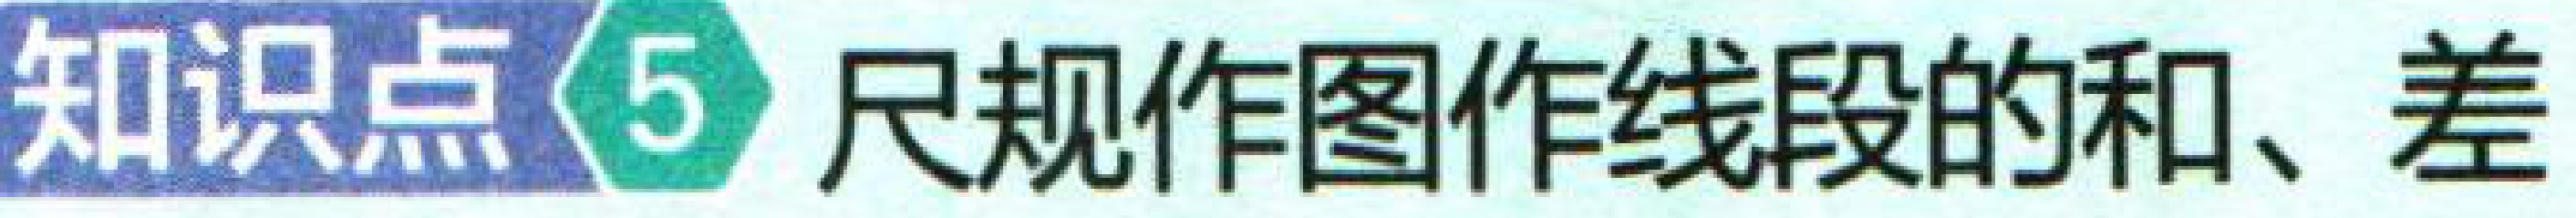
知识点\(5\) 尺规作图作线段的和、差